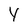
Character: Y